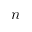
n